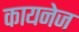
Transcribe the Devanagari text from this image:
कायनेज